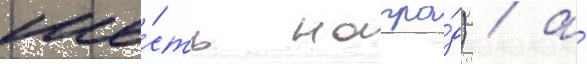
ше́сть награ́д) / а́